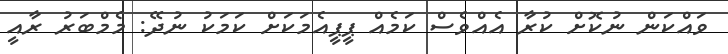
ވައްކަން ނުކޮށް ކުރާ އެއްވެސް ކަމެއް ޕީޕީއެމަކަށް ކަމަކު ނުދޭ: މެމްބަރު ރާއީ